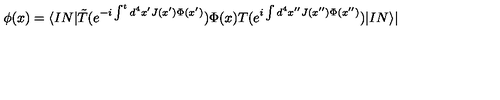
\phi ( x ) = \langle I N | \tilde { T } ( e ^ { - i \int ^ { t } d ^ { 4 } x ^ { \prime } J ( x ^ { \prime } ) \Phi ( x ^ { \prime } ) } ) \Phi ( x ) T ( e ^ { i \int d ^ { 4 } x ^ { \prime \prime } J ( x ^ { \prime \prime } ) \Phi ( x ^ { \prime \prime } ) } ) | I N \rangle |